Report of veterinary surgeon J.H. Steel, A.V.D., on his investigation into an obscure and fatal disease among transport mules in British Burma
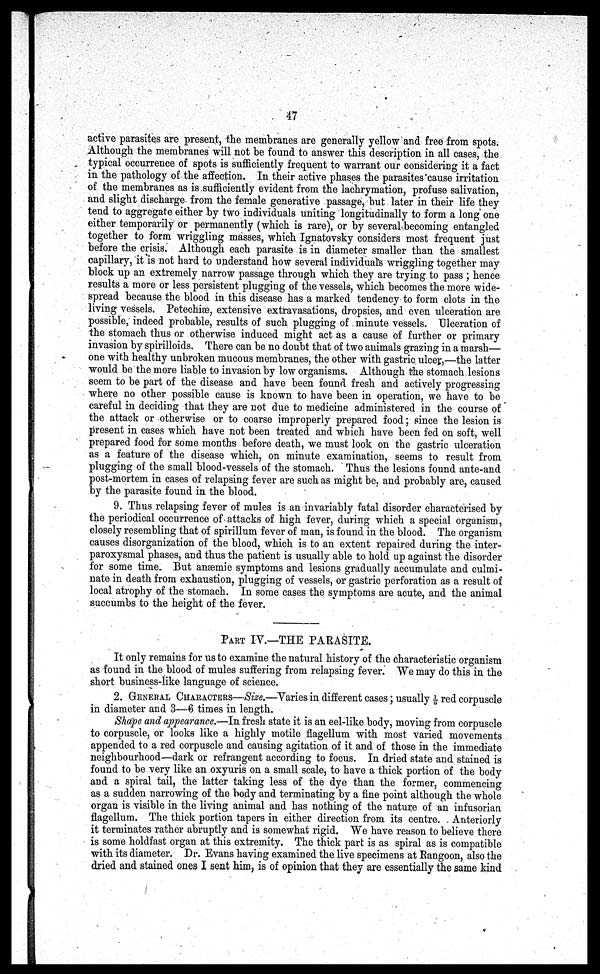
47
active parasites are present, the membranes are generally yellow and free from spots.
Although the membranes will not be found to answer this description in all cases, the
typical occurrence of spots is sufficiently frequent to warrant our considering it a fact
in the pathology of the affection. In their active phases the parasites cause irritation
of the membranes as is sufficiently evident from the lachrymation, profuse salivation,
and slight discharge from the female generative passage, but later in their life they
tend to aggregate either by two individuals uniting longitudinally to form a long one
either temporarily or permanently (which is rare), or by several becoming entangled
together to form wriggling masses, which Ignatovsky considers most frequent just
before the crisis. Although each parasite is in diameter smaller than the smallest
capillary, it is not hard to understand how several individual's wriggling together may
block up an extremely narrow passage through which they are trying to pass ; hence
results a more or less persistent plugging of the vessels, which becomes the more wide-
spread because the blood in this disease has a marked tendency to form clots in the
living vessels. Petechiæ, extensive extravasations, dropsies, and even ulceration are
possible, indeed probable, results of such plugging of minute vessels. Ulceration of
the stomach thus or otherwise induced might act as a cause of further or primary
invasion by spirilloids. There can be no doubt that of two animals grazing in a marsh—
one with healthy unbroken mucous membranes, the other with gastric ulcer,—the latter
would be the more liable to invasion by low organisms. Although the stomach lesions
seem to be part of the disease and have been found fresh and actively progressing
where no other possible cause is known to have been in operation, we have to be
careful in deciding that they are not due to medicine administered in the course of
the attack or otherwise or to coarse improperly prepared food; since the lesion is
present in cases which have not been treated and which have been fed on soft, well
prepared food for some months before death, we must look on the gastric ulceration
as a feature of the disease which, on minute examination, seems to result from
plugging of the small blood-vessels of the stomach. Thus the lesions found ante-and
post-mortem in cases of relapsing fever are such as might be, and probably are, caused
by the parasite found in the blood.
9. Thus relapsing fever of mules is an invariably fatal disorder characterised by
the periodical occurrence of attacks of high fever, during which a special organism,
closely resembling that of spirillum fever of man, is found in the blood. The organism
causes disorganization of the blood, which is to an extent repaired during the inter-
paroxysmal phases, and thus the patient is usually able to hold up against the disorder
for some time. But anaemic symptoms and lesions gradually accumulate and culmi-
nate in death from exhaustion, plugging of vessels, or gastric perforation as a result of
local atrophy of the stomach. In some cases the symptoms are acute, and the animal
succumbs to the height of the fever.
PART IV.—THE PARASITE.
It only remains for us to examine the natural history of the characteristic organism
as found in the blood of mules suffering from relapsing fever. We may do this in the
short business-like language of science.
2. GENERAL CHARACTERS—Size.—Varies in different cases; usually 1/6 red corpuscle
in diameter and 3—6 times in length.
Shape and appearance.—In fresh state it is an eel-like body, moving from corpuscle
to corpuscle, or looks like a highly motile flagellum with most varied movements
appended to a red corpuscle and causing agitation of it and of those in the immediate
neighbourhood—dark or refrangent according to focus. In dried state and stained is
found to be very like an oxyuris on a small scale, to have a thick portion of the body
and a spiral tail, the latter taking less of the dye than the former, commencing
as a sudden narrowing of the body and terminating by a fine point although the whole
organ is visible in the living animal and has nothing of the nature of an infusorian
flagellum. The thick portion tapers in either direction from its centre. Anteriorly
it terminates rather abruptly and is somewhat rigid. We have reason to believe there
is some holdfast organ at this extremity. The thick part is as spiral as is compatible
with its diameter. Dr. Evans having examined the live specimens at Rangoon, also the
dried and stained ones I sent him, is of opinion that they are essentially the same kind